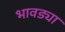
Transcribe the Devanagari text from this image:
भावड्या